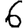
Digit: 6